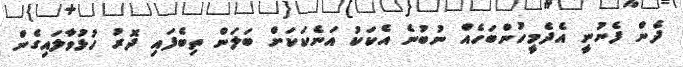
ދެން ފެނުނީ އެދެމީހުންބަހެއް ނުބުނެ އެކަކު އަނެކަކަށް ބަލަން ތިބެފައި ދޮރު ހުޅުވާލައިގެން